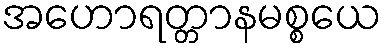
အဟောရတ္တာနမစ္စယေ